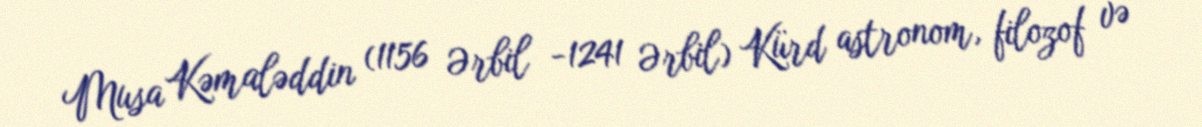
Musa Kəmaləddin (1156 Ərbil -1241 Ərbil) Kürd astronom, filozof və